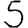
Digit: 5